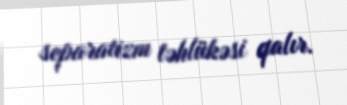
separatizm təhlükəsi qalır.